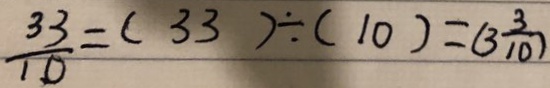
\frac { 3 3 } { 1 0 } = ( 3 3 ) \div ( 1 0 ) = ( 3 \frac { 3 } { 1 0 } )